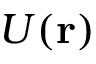
U ( \mathbf { r } )